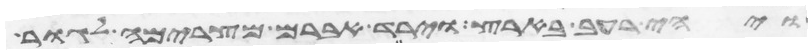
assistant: ויהי רעב בארץ וירד אברם מצרימה לגור